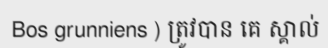
Bos grunniens ) ត្រូវបាន គេ ស្គាល់